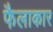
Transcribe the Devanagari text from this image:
फैलाकार